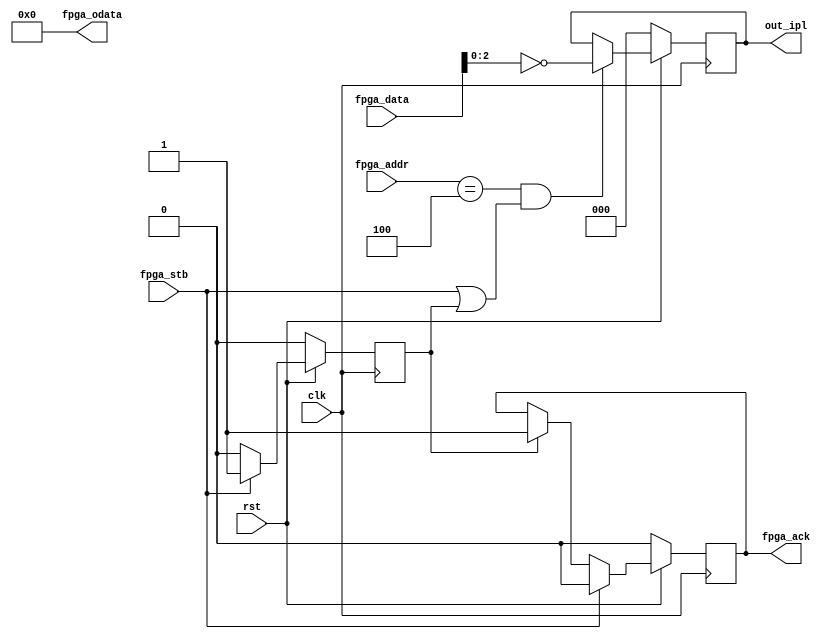
module fpga_int(
	input clk,
	input rst,

	input fpga_stb,
	output fpga_ack,
	input [3:0] fpga_addr,
	input [7:0] fpga_data,
	output [31:0] fpga_odata,

	// Interrupt lines
	output [2:0] out_ipl,
);

assign fpga_odata = 0;

reg [2:0] out_ipl;

reg waitstate, fpga_ack;

// State machine just ACKs after one cycle
always @(posedge clk) begin
	if(~rst) begin
		// Reset logic here
		waitstate <= 0;
		fpga_ack <= 0;
	end else begin
		if (fpga_stb == 1) begin
			fpga_ack <= 0;
			waitstate <= 1;
		end else if (waitstate == 1) begin
			fpga_ack <= 1;
			waitstate <= 0;
		end
	end
end

always @(posedge clk) begin
	if(~rst) begin
		out_ipl <= 0;
	end else begin
		if (int_sel) begin
			out_ipl <= ~fpga_data[2:0];
		end
	end
end

// IPL lines active when interrupt register is selected
wire int_sel;
assign int_sel = ( fpga_addr == 4'h4 && (fpga_stb || waitstate) );

endmodule